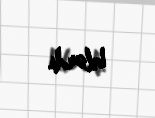
bilərdi.